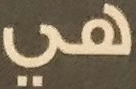
هي